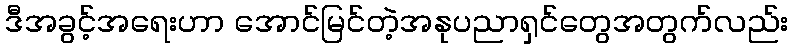
ဒီအခွင့်အရေးဟာ အောင်မြင်တဲ့အနုပညာရှင်တွေအတွက်လည်း